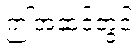
ဤအဆင့်တွင်